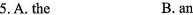
5.A. The B. an